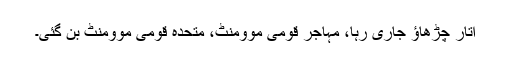
اتار چڑھاؤ جاری رہا، مہاجر قومی موومنٹ، متحدہ قومی موومنٹ بن گئی۔